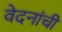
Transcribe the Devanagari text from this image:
वेदनांची